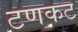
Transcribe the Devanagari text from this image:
टणकट